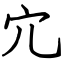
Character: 宂